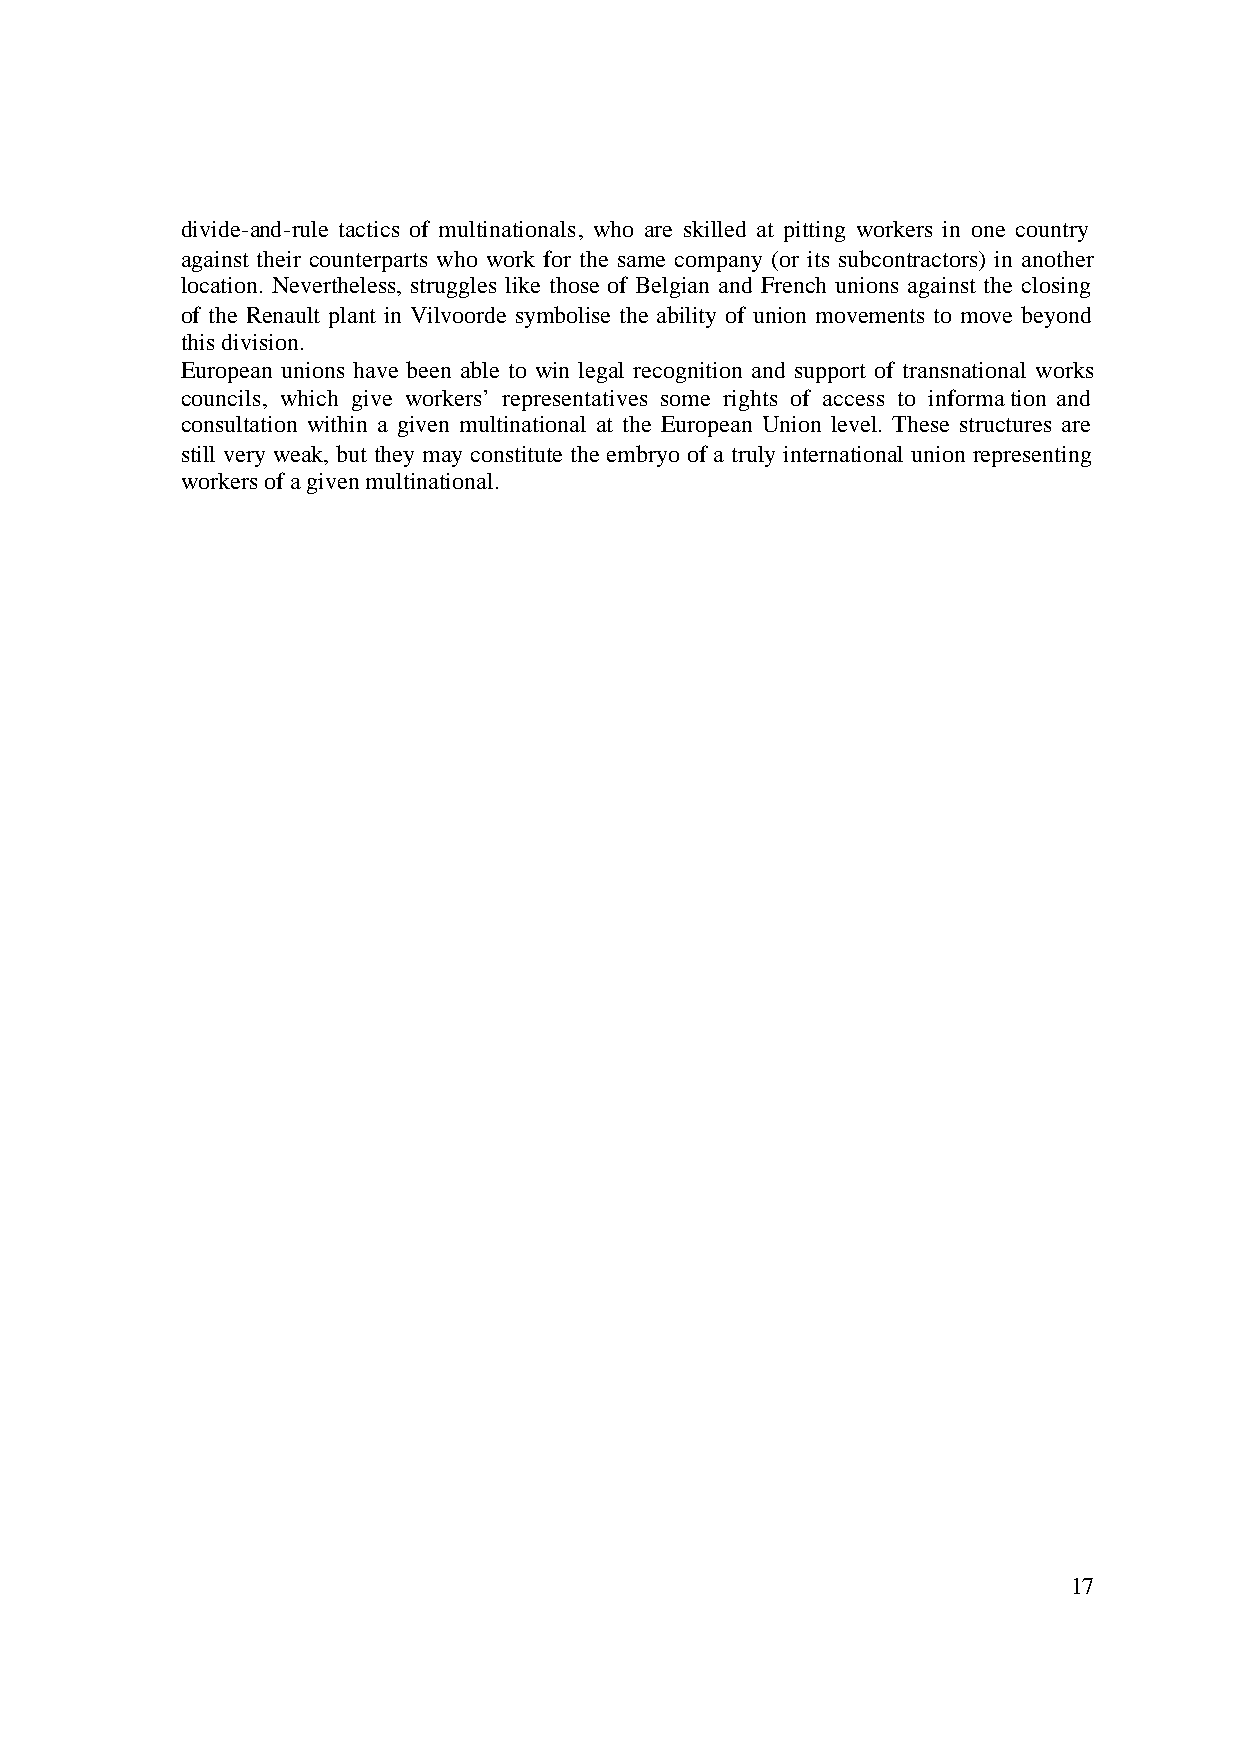
divide-and-rule tactics of multinationals, who are skilled at pitting workers in one country
 against their counterparts who work for the same company (or its subcontractors) in another
 location. Nevertheless, struggles like those of Belgian and French unions against the closing
 of the Renault plant in Vilvoorde symbolise the ability of union movements to move beyond
 this division.
 European unions have been able to win legal recognition and support of transnational works
 councils, which give workers’ representatives some rights of access to information and
 consultation within a given multinational at the European Union level. These structures are
 still very weak, but they may constitute the embryo of a truly international union representing
 workers of a given multinational.
 17